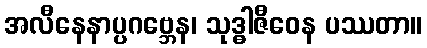
အလီနေနာပ္ပဂဗ္ဘေန၊ သုဒ္ဓါဇီဝေန ပဿတာ။